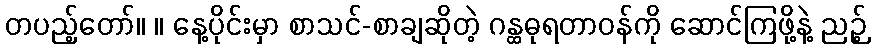
တပည့်တော်။ ။ နေ့ပိုင်းမှာ စာသင်-စာချဆိုတဲ့ ဂန္ထဓုရတာဝန်ကို ဆောင်ကြဖို့နဲ့ ညဉ့်